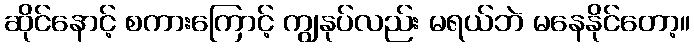
ဆိုင်နောင့် စကားကြောင့် ကျွနုပ်လည်း မရယ်ဘဲ မနေနိုင်တော့။